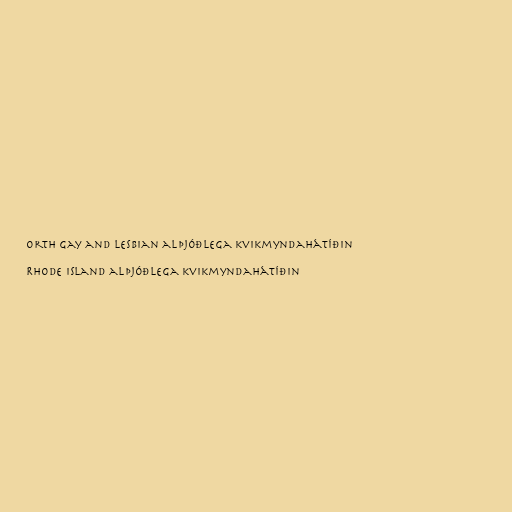
orth Gay and Lesbian alþjóðlega kvikmyndahátíðin

Rhode Island alþjóðlega kvikmyndahátíðin